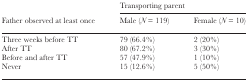
| <ROWSPAN=2> Father observed at least once | <COLSPAN=2> Transporting parent |
 | Male (N = 119) | Female (N = 10) |
 | --- | --- | --- |
 | Three weeks before TT | 79 (66.4%) | 2 (20%) |
 | After TT | 80 (67.2%) | 3 (30%) |
 | Before and after TT | 57 (47.9%) | 1 (10%) |
 | Never | 15 (12.6%) | 5 (50%) |